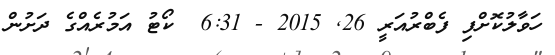
ހަވާލުކޮށްފި ފެބްރުއަރީ 26